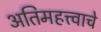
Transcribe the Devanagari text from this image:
अतिमहत्त्वाचे